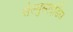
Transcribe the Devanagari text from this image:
सेल्युसाइडिस